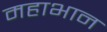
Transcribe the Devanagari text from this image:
महाभान